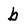
Character: b